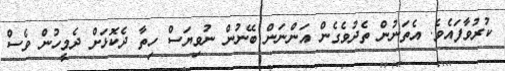
ކުރުވާފައެވެ. އެތަނުން ތެދުވެގެން އަންނަން ބޭނުން ނުވިޔަސް ހިތާ ދެކޮޅަށް ދެމީހުން ވެސް